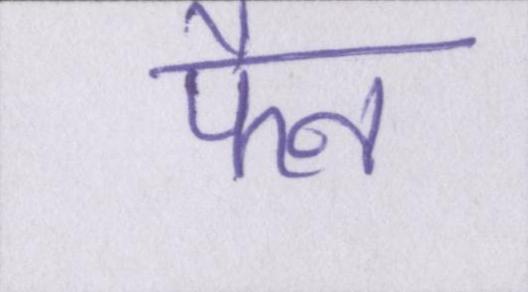
फैन